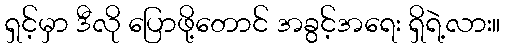
ရှင့်မှာ ဒီလို ပြောဖို့တောင် အခွင့်အရေး ရှိရဲ့လား။